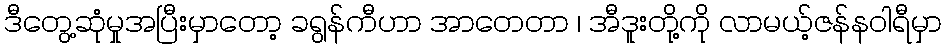
ဒီတွေ့ဆုံမှုအပြီးမှာတော့ ခရွန်ကီဟာ အာတေတာ ၊ အီဒူးတို့ကို လာမယ့်ဇန်နဝါရီမှာ